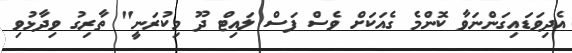
އެދިވަޑައިގަންނަވާ ކޮންމެ ގެއަކަށް ވެސް ފަސް ލައިޓް ދޫ މިކުރަނީ" ތާރިގު ވިދާޅުވި